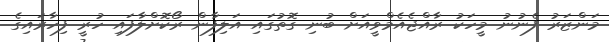
މަންޒަރު ފެނުނު މީހަކު ރާއްޖެއެމްވީއަށް ބުނި ގޮތުގައި އަލިފާން ރޯކޮށްލާފައި ހުރީ ފިހާރައިގެ